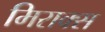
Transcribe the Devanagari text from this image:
मिराक्स